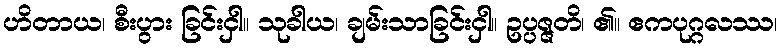
ဟိတာယ၊ စီးပွား ခြင်းငှါ။ သုခါယ၊ ချမ်းသာခြင်းငှါ။ ဥပ္ပဇ္ဇတိ၊ ၏။ ဧကပုဂ္ဂလဿ၊